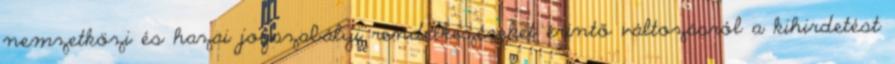
nemzetközi és hazai jogszabályi rendelkezéseket érintő változásról a kihirdetést